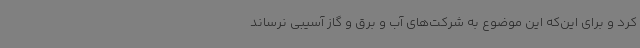
کرد و برای این‌که این موضوع به شرکت‌های آب و برق و گاز آسیبی نرساند